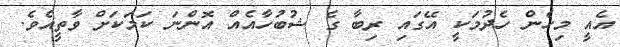
އެއީ މިހެން ހެދުމަކީ އޭގައި ރިބާ ގެ ޝުބުހާއެއް އޮންނަ ކަމަކަށް ވާތީއެވެ.